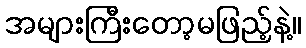
အများကြီးတော့မဖြည့်နဲ့။